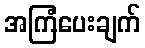
အကြံပေးချက်